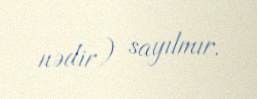
nədir) sayılmır.